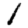
Digit: 1